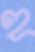
হ